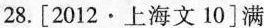
28. \left [2012\cdot 上海文10\right]满